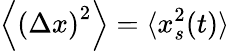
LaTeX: \left\langle\left(\Delta x\right)^{2}\right\rangle=\langle x_{s}^{2}(t)\rangle